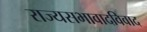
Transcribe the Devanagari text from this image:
राज्यसभावादविवाद